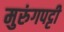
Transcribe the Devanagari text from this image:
मुरुंगपट्टी